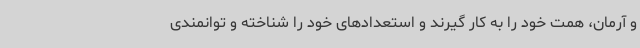
و آرمان، همت خود را به کار گیرند و استعدادهای خود را شناخته و توانمندی